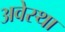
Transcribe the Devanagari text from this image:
अवेस्था